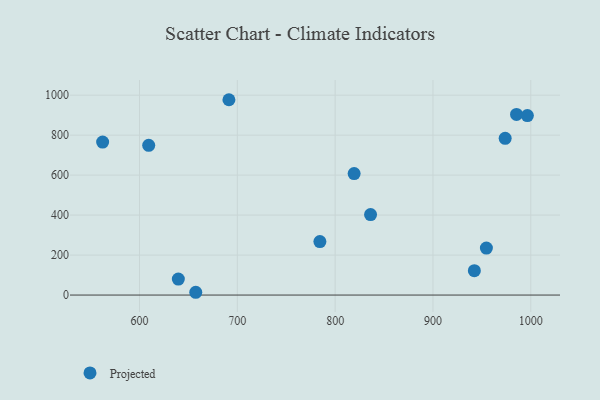
{"axis": {"x": "Ad Spend", "y": "Yield"}, "legend": ["Projected"], "data": [{"x": "836.2", "y": 402.6, "type": "Projected"}, {"x": "985.4", "y": 903.7, "type": "Projected"}, {"x": "657.5", "y": 13.9, "type": "Projected"}, {"x": "639.7", "y": 79.8, "type": "Projected"}, {"x": "609.4", "y": 749.0, "type": "Projected"}, {"x": "691.4", "y": 977.2, "type": "Projected"}, {"x": "996.5", "y": 897.7, "type": "Projected"}, {"x": "784.4", "y": 267.6, "type": "Projected"}, {"x": "562.3", "y": 765.2, "type": "Projected"}, {"x": "973.8", "y": 784.3, "type": "Projected"}, {"x": "954.6", "y": 235.2, "type": "Projected"}, {"x": "942.3", "y": 122.2, "type": "Projected"}, {"x": "819.4", "y": 607.9, "type": "Projected"}]}